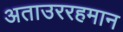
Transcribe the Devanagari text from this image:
अताउररहमान